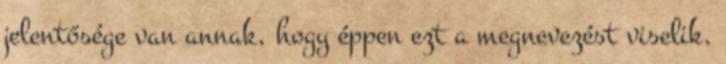
jelentősége van annak, hogy éppen ezt a megnevezést viselik.